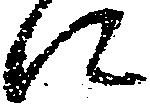
に